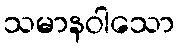
သမာနဝါသော